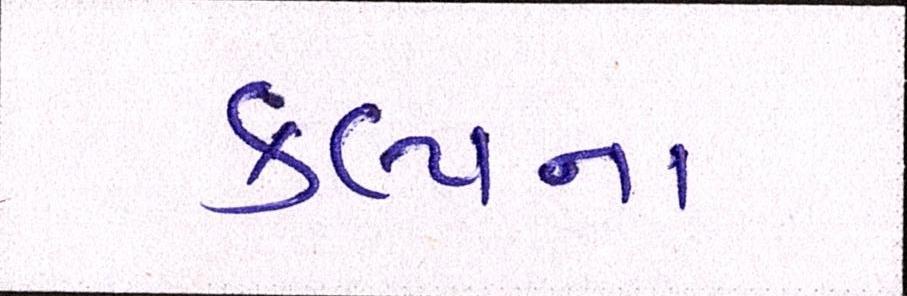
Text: કલ્પના